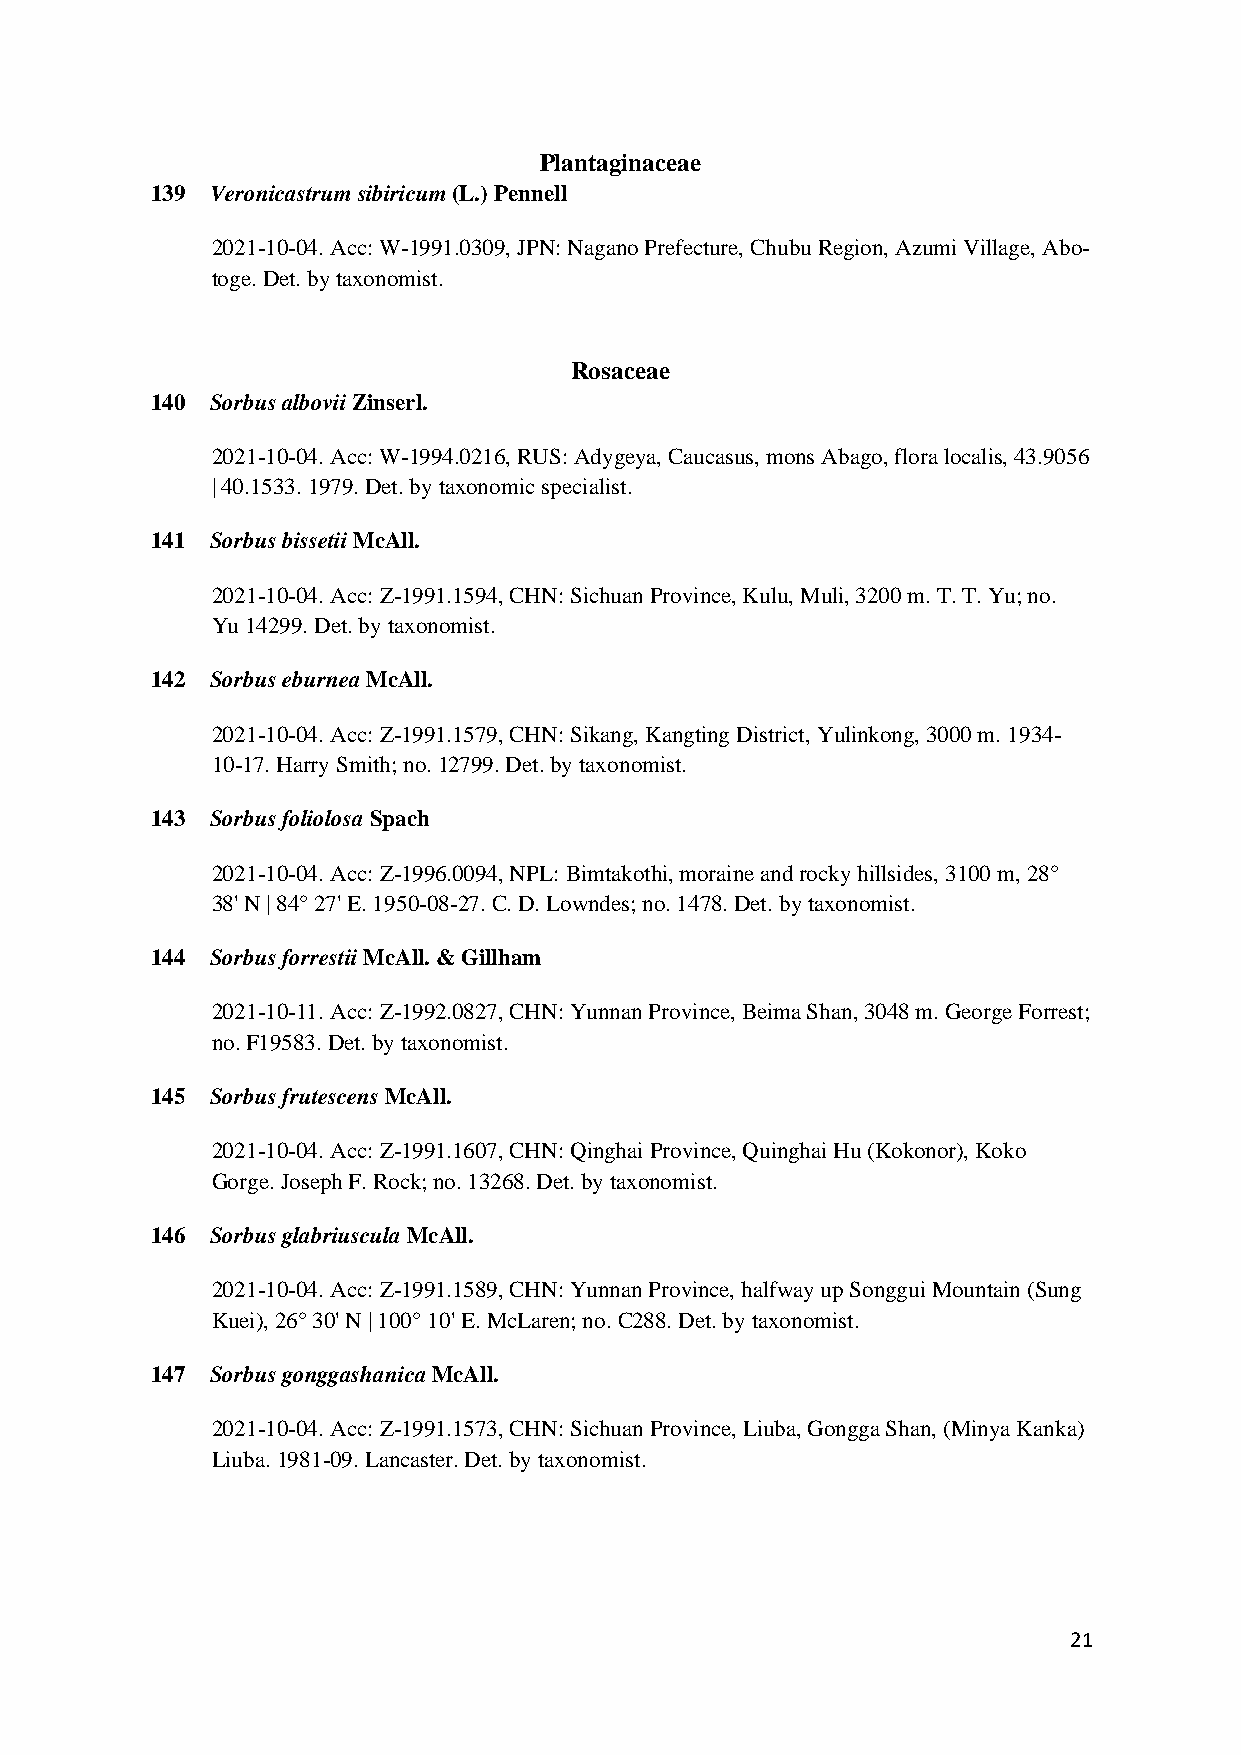
Plantaginaceae
 139 Veronicastrum sibiricum (L.) Pennell
 2021-10-04. Acc: W-1991.0309, JPN: Nagano Prefecture, Chubu Region, Azumi Village, Abo-
 toge. Det. by taxonomist.
 Rosaceae
 140 Sorbus albovii Zinserl.
 2021-10-04. Acc: W-1994.0216, RUS: Adygeya, Caucasus, mons Abago, flora localis, 43.9056
 | 40.1533. 1979. Det. by taxonomic specialist.
 141 Sorbus bissetii McAll.
 2021-10-04. Acc: Z-1991.1594, CHN: Sichuan Province, Kulu, Muli, 3200 m. T. T. Yu; no.
 Yu 14299. Det. by taxonomist.
 142 Sorbus eburnea McAll.
 2021-10-04. Acc: Z-1991.1579, CHN: Sikang, Kangting District, Yulinkong, 3000 m. 1934-
 10-17. Harry Smith; no. 12799. Det. by taxonomist.
 143 Sorbus foliolosa Spach
 2021-10-04. Acc: Z-1996.0094, NPL: Bimtakothi, moraine and rocky hillsides, 3100 m, 28°
 38' N | 84° 27' E. 1950-08-27. C. D. Lowndes; no. 1478. Det. by taxonomist.
 144 Sorbus forrestii McAll. & Gillham
 2021-10-11. Acc: Z-1992.0827, CHN: Yunnan Province, Beima Shan, 3048 m. George Forrest;
 no. F19583. Det. by taxonomist.
 145 Sorbus frutescens McAll.
 2021-10-04. Acc: Z-1991.1607, CHN: Qinghai Province, Quinghai Hu (Kokonor), Koko
 Gorge. Joseph F. Rock; no. 13268. Det. by taxonomist.
 146 Sorbus glabriuscula McAll.
 2021-10-04. Acc: Z-1991.1589, CHN: Yunnan Province, halfway up Songgui Mountain (Sung
 Kuei), 26° 30' N | 100° 10' E. McLaren; no. C288. Det. by taxonomist.
 147 Sorbus gonggashanica McAll.
 2021-10-04. Acc: Z-1991.1573, CHN: Sichuan Province, Liuba, Gongga Shan, (Minya Kanka)
 Liuba. 1981-09. Lancaster. Det. by taxonomist.
 21